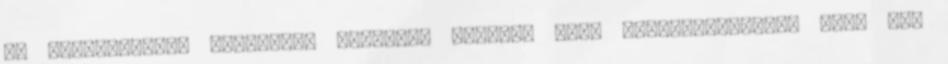
ír befektetőket képviselő társaság állandó jogi képviselőjeként járt el.